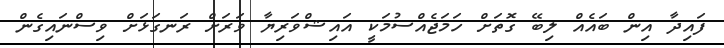
ފައިދާ އިން ބައެއް ލިބޭ ގޮތަށް ހަމަޖެއްސުމަކީ އައިޝްވަރިޔާ ވަރަށް ރަނގަޅަށް ވިސްނައިގެން